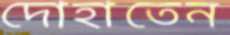
দোহাতেন